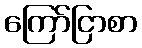
ကြော်ငြာစာ